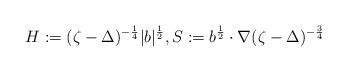
LaTeX: \begin{align*}H:= (\zeta-\Delta)^{-\frac{1}{4}}|b|^{\frac{1}{2}}, S:=b^{\frac{1}{2}} \cdot \nabla(\zeta-\Delta)^{-\frac{3}{4}}\end{align*}